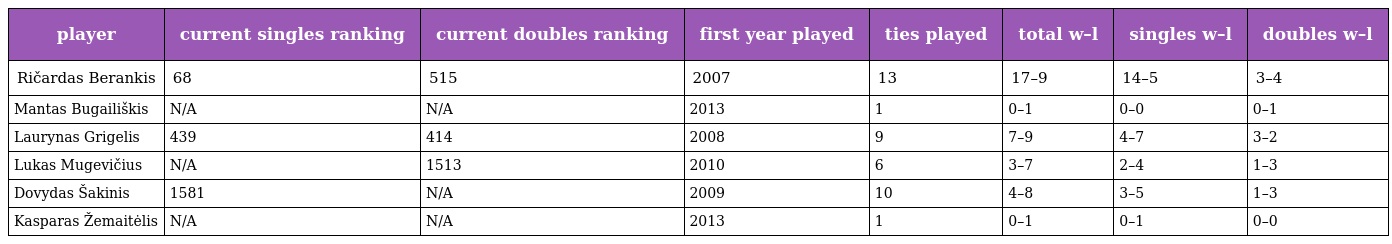
| player | current singles ranking | current doubles ranking | first year played | ties played | total w–l | singles w–l | doubles w–l |
 | --- | --- | --- | --- | --- | --- | --- | --- |
 | Ričardas Berankis | 68 | 515 | 2007 | 13 | 17–9 | 14–5 | 3–4 |
 | Mantas Bugailiškis | N/A | N/A | 2013 | 1 | 0–1 | 0–0 | 0–1 |
 | Laurynas Grigelis | 439 | 414 | 2008 | 9 | 7–9 | 4–7 | 3–2 |
 | Lukas Mugevičius | N/A | 1513 | 2010 | 6 | 3–7 | 2–4 | 1–3 |
 | Dovydas Šakinis | 1581 | N/A | 2009 | 10 | 4–8 | 3–5 | 1–3 |
 | Kasparas Žemaitėlis | N/A | N/A | 2013 | 1 | 0–1 | 0–1 | 0–0 |